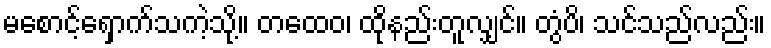
မစောင့်ရှောက်သကဲ့သို့။ တထေဝ၊ ထိုနည်းတူလျှင်။ တွံပိ၊ သင်သည်လည်း။